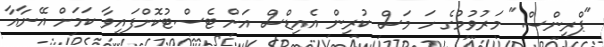
"ޕްރިންސް" މަރުވުމުގެ ހަ މަސް ކުރިން އެއިޑްސް އަށް ޓެސްޓުކޮށްފައިވާ ކަމަށް އޭނާއާ